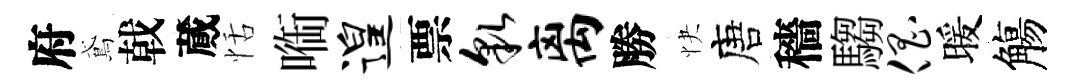
府鳶戟蕆恬㗸遑票貌离勝快唐穡騶倡暖觴